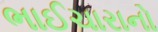
ભાઈચારાનો